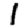
Digit: 1